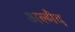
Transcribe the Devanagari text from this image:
अल्मैद